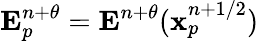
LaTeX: \mathbf{E}_{p}^{n+\theta}=\mathbf{E}^{n+\theta}(\mathbf{x}_{p}^{n+1/2})